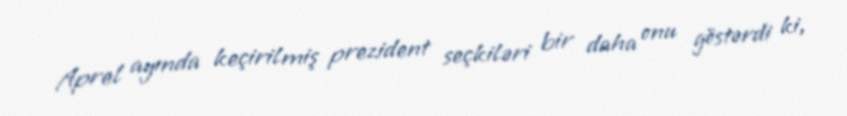
Aprel ayında keçirilmiş prezident seçkiləri bir daha onu göstərdi ki,